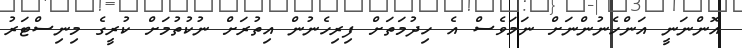
އޮންނަނީ އަންހެނުންނަށް ނަމަވެސް އެ ހިދުމަތަށް ފިރިހެނުން އިތުރަށް ނުކުތުމަށް ކުރީގެ މިނިސްޓަރު